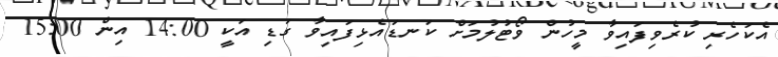
އެކަހެރި ކުރެވިފައިވާ މީހުން ވޯޓުލުމަށް ކަނޑައެޅިފައިވާ ގަޑި އަކީ 14:00 އިން 15:00